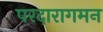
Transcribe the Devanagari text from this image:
परदारागमन